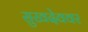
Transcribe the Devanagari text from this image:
सुखदेववर